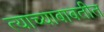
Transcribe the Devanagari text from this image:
त्याच्याबाबतीत